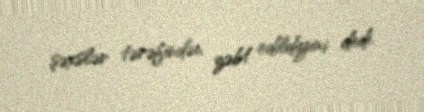
şəxslər tərəfindən zəbt edildiyini dedi.